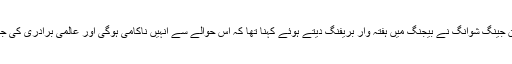
چین کی وزارت خارجہ کے ترجمان جینگ شوانگ نے بیجنگ میں ہفتہ وار بریفنگ دیتے ہوئے کہنا تھا کہ اس حوالے سے انہیں ناکامی ہوگی اور عالمی برادری کی جانب سے بھی اس کی مخالفت ہوگی۔